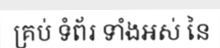
គ្រប់ ទំព័រ ទាំងអស់ នៃ